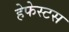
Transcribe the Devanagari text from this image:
हेफेस्टस